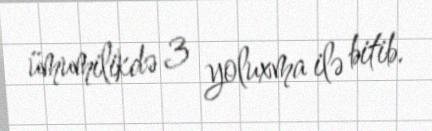
ümumilikdə 3 yoluxma ilə bitib.